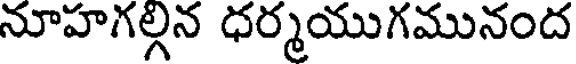
నూహగల్గన ధర్మయుగమునంద